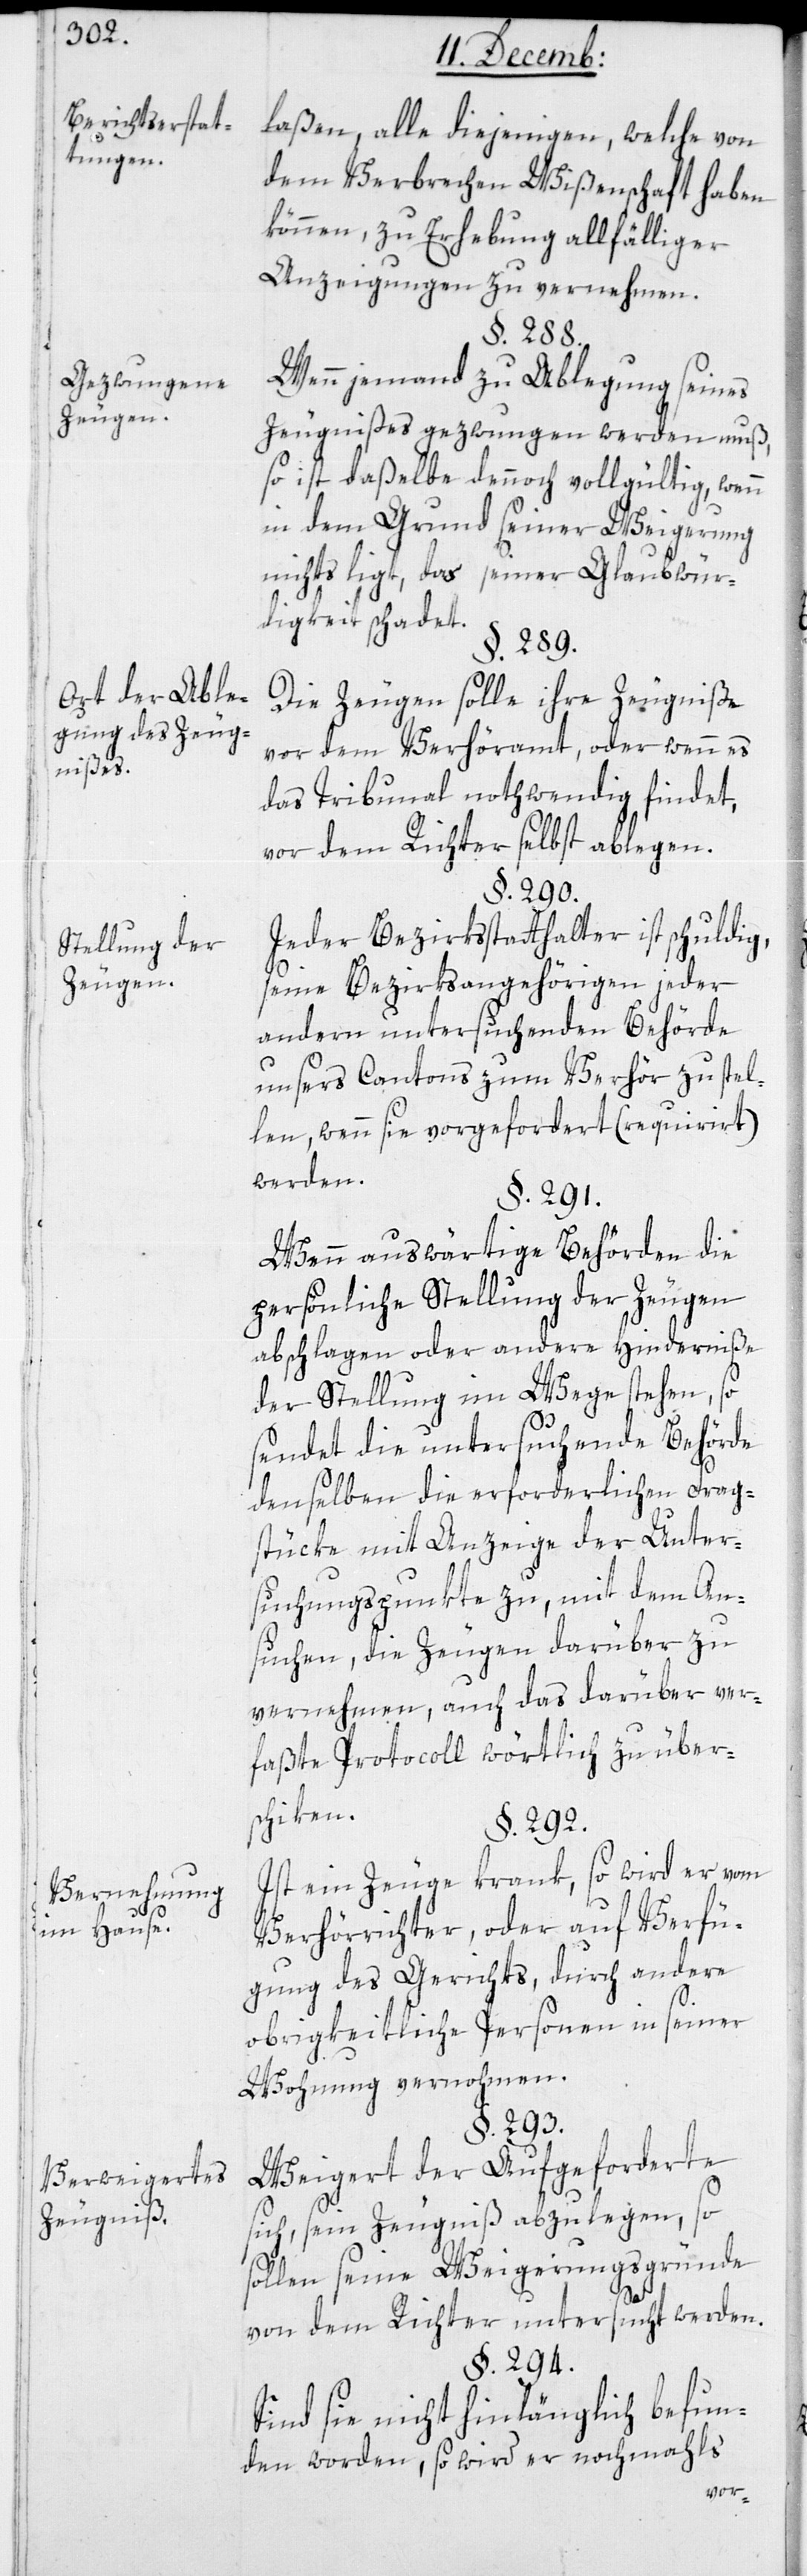
Gezwungene
Art der Able¬
gung des Zeug¬
nißes.
Stellung der
Zeugen.
Vernehmung
im Hause.
Verweigertes
Zeugniß.

laßen, alle diejenigen, welche von
dem Verbrechen Wißenschaft haben
können, zu Erhebung allfälliger
Anzeigungen zu vernehmen.
§. 289.
Wenn jemand zu Ablegung seines
Zeugnißes gezwungen werden muß,
so ist daßelbe dennoch vollgültig, wenn
in dem Grund seiner Weigerung
nichts liegt, das seiner Glaubwür¬
digkeit schadet.
Die Zeugen sollen ihre Zeugniße
vor dem Verhöramt, oder wenn es
das Tribunal nothwendig findet,
vor dem Richter selbst ablegen.
§. 290.
Jeder Bezirksstatthalter ist schuldig,
seine Bezirksangehörigen jeder
andern untersuchenden Behörde
unsers Cantons zum Verhör zu stel¬
len, wenn sie vorgefordert (requiriert)
werden.
§. 291.
Wenn auswärtige Behörden die
persönliche Stellung der Zeugen
abschlagen oder andere Hinderniße
der Stellung im Wege stehen, so
sendet die untersuchende Behörde
denselben die erforderlichen Frag¬
stüke mit Anzeige der Unter¬
suchungspunkte zu, mit dem An¬
suchen, die Zeugen darüber zu
vernehmen, auch das darüber ver¬
faßte Protocoll wörtlich zu über¬
schiken.
§. 292.
Ist ein Zeuge krank, so wird er vom
Verhörrichter, oder auf Verfü¬
gung des Gerichts, durch andere
obrigkeitliche Personen in seiner
Wohnung vernohmen.
§. 293.
Weigert der Aufgeforderte
sich, sein Zeugnis abzulegen, so
sollen seine Weigerungsgründe
von dem Richter untersucht werden.
§. 294.
Sind sie nicht hinlänglich befun¬
den worden, so wird er nochmahls